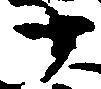
十